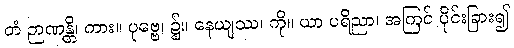
တံ ဉာဏန္တိ၊ ကား။ ပုဗ္ဗေ၊ ၌။ နေယျဿ၊ ကို။ ယာ ပရိညာ၊ အကြင် ပိုင်းခြား၍